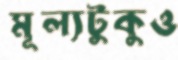
মূল্যটুকুও